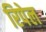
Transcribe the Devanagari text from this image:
रिपेल